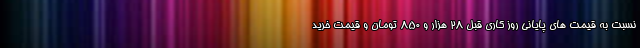
نسبت به قیمت های پایانی روز کاری قبل 28 هزار و 850 تومان و قیمت خرید